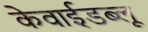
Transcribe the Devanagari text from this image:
केवाईडब्लू